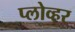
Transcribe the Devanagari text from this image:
प्लोव्हर